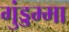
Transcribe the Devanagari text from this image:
गुंड्डम्मा